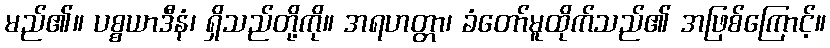
မည်၏။ ပစ္စယာဒီနံ၊ ရှိသည်တို့ကို။ အရဟတ္တာ၊ ခံတော်မူထိုက်သည်၏ အဖြစ်ကြောင့်။